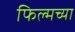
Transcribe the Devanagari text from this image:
फिल्मच्या